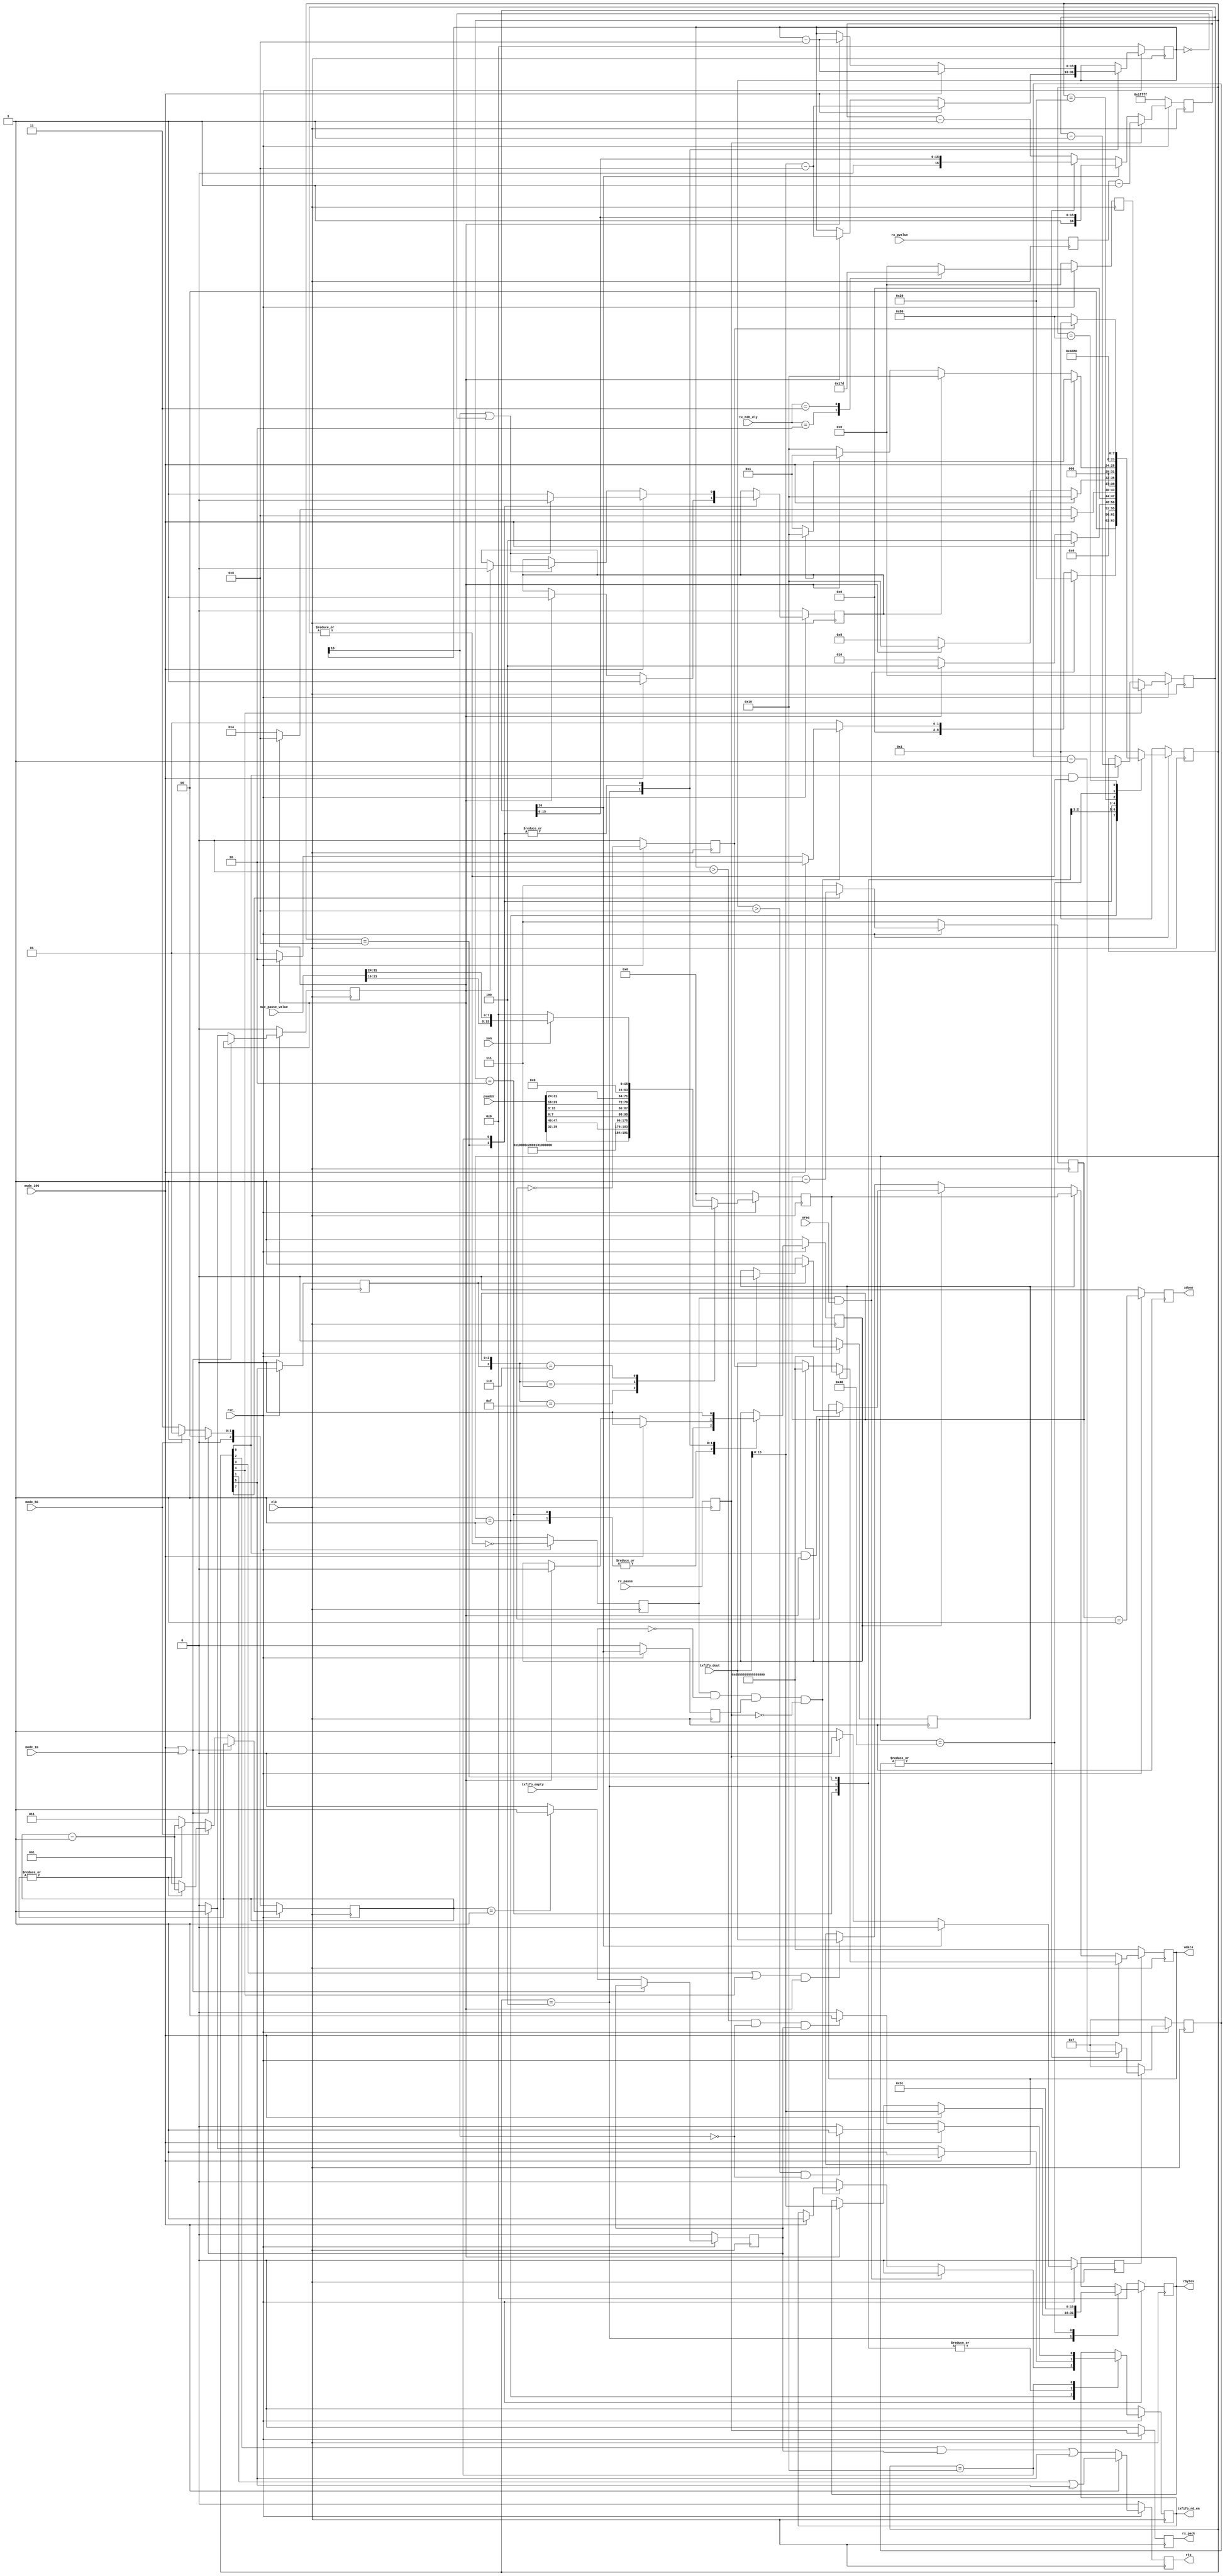
//
// Copyright (C) 2018 LeWiz Communications, Inc. 
// 
// This library is free software; you can redistribute it and/or
// modify it under the terms of the GNU Lesser General Public
// License as published by the Free Software Foundation; either
// version 2.1 of the License, or (at your option) any later version.
// 
// This library is distributed in the hope that it will be useful,
// but WITHOUT ANY WARRANTY; without even the implied warranty of
// MERCHANTABILITY or FITNESS FOR A PARTICULAR PURPOSE.  See the GNU
// Lesser General Public License for more details.
// 
// You should have received a copy of the GNU Lesser General Public
// License along with this library release; if not, write to the Free Software
// Foundation, Inc., 51 Franklin Street, Fifth Floor, Boston, MA  02110-1301  USA
// 
// LeWiz can be contacted at:  support@lewiz.com
// or address:  
// PO Box 9276
// San Jose, CA 95157-9276
// www.lewiz.com
// 
//    Language: Verilog
//


// synopsys translate_off
`timescale 1ns/10ps
// synopsys translate_on

module tx_encap(
	clk,			// i-1
	rst_,			// i-1
	
	mode_10G ,		//i-1, speed modes
	mode_1G  ,		//i-1, 
	mode_5G,		//i-1, 

	rts,			// o-1
	wdata,			// o-64
	rbytes,			// o-16

	psaddr,				  // i-48
	mac_pause_value,	  // i-32
	tx_b2b_dly,			  // i-2
	
	rx_pause,			  // i-1
	rx_pvalue,			  // i-16
	rx_pack,			  // o-1
	
	txfifo_empty,		  // i-1
	txfifo_rd_en,		  // o-1
	txfifo_dout,		  // i-64
	
	xreq,				  // i-1
	xon,				  // i-1
	xdone				  // o-1
	
	);
	

input [47:0] psaddr;		// pause source address, source mac address in the pause frame to transmit
input [31:0] mac_pause_value;	   // [31:16] = tx_pause_value,	[15:0] = rx_pause_value
input [1:0]	 tx_b2b_dly;
				
input txfifo_empty;				  // i, high if FIFO is empty
output txfifo_rd_en;			  //o, read request to the FIFO

input [63:0] txfifo_dout; 		  // output of FIFO to input of this module

input clk;						  //i,
input rst_;						  //i,

input	mode_10G ;				  //i, indicates the speed mode.
input	mode_1G  ;				   //i, indicates the speed mode.
input	mode_5G;				   //i, indicates the speed mode.

output rts;						  //o, Request to send data to tx_xgmii.
output [63:0] wdata;			  //o-64, data output
output [15:0] rbytes;			 //o-16, holds the data size in Bytes

input rx_pause;
input [15:0] rx_pvalue;
output rx_pack;

input	xreq; 					  // need to transmit a pause frame, pause value is determined by xon
input	xon;    				  // 1: use tx_pause value as in register , 0: use pause value of 0 to abort the previous pause
output	xdone;  				  // pause frame has been transmitted   
	
reg txfifo_rd_en;
reg [15:0] rbytes;
reg rts;
reg [63:0] wdata;				 // o-64 data output

reg wsel;
reg [16:0] ptimer;
reg [3:0] p_reg_count;
reg p_start;

reg tx_rdy;						  // tell if there is no pause frame activating
reg rx_pack;
reg rx_pause_sync;
reg [15:0] rx_pvalue_sync;

reg [15:0] bytes_remain;		// keeps track of total bytes remaning to transmit

reg [2:0] counter;			   // used for different speed mode. 
reg pulse_0;
reg pulse_1;


parameter[7:0] 
	IDLE		= 8'h01 ,
	READSIZE	= 8'h02 ,
	READ1		= 8'h04 ,
	MAC_HDR		= 8'h08 ,
	MAC_DAT     = 8'h10 ,
	P_REQ		= 8'h20 ,
	P_PREAM		= 8'h40 ,
	P_PKT		= 8'h80	;
reg [7:0] state;

wire st_idle;		assign	st_idle		=	state[0];
wire st_readsize;	assign	st_readsize = 	state[1];
wire st_read1;	    assign	st_read1    = 	state[2];
wire st_mac_hdr;	assign	st_mac_hdr = 	state[3];
wire st_mac_dat;	assign	st_mac_dat	=	state[4];
wire st_p_req;		assign	st_p_req 	=	state[5];
wire st_p_pkt;		assign 	st_p_pkt	=	state[7];

reg tx_dvld;

// Counter for tx_b2b_dly
reg [5:0] b2b_cnt_val ;
always @(posedge clk)
begin
	if(!rst_)
	begin
		b2b_cnt_val <= 2'd0 ;
	end
	else
	begin
		case(tx_b2b_dly)
		2'b10 : b2b_cnt_val <= 6'd5  ; 
		2'b11 : b2b_cnt_val <= 6'd61 ; 	  // 64x64 bit delay (design already has 2, count another 62 clks (61 to 0))
		default: b2b_cnt_val <= 6'd0 ; 
		endcase
	end
end

reg [5:0] b2b_counter;
reg		  b2b_ok;
always @ (posedge clk)
begin
	if (!rst_)
	begin
		b2b_counter	<=	6'd0;
		b2b_ok		<=	1'b1;
	end
	
	else
	begin
		b2b_counter <= (st_mac_dat)? b2b_cnt_val : ((st_idle & |b2b_counter)? (b2b_counter - 6'd1) : b2b_counter);
		b2b_ok		<=	!(|b2b_counter); // b2b_counter == 6'h0
	end
end


// PAUSE TX
always @ (posedge clk)
begin
	rx_pause_sync <=   rx_pause;
	rx_pvalue_sync<=   rx_pvalue;
end

always @ (posedge clk)
begin
	if (!rst_)
	begin
		ptimer <=   17'h1ffff;
		p_reg_count <=   4'h7 ;
		p_start <=   0;
	end
	
	else
	begin
		ptimer    <=   rx_pause_sync ? {rx_pvalue_sync - 17'h1} : (ptimer[16] ? ptimer : ((|p_reg_count)? ptimer: (ptimer - 17'h1)));
		p_start <=   ptimer[16]? 1'b0 : (rx_pause_sync? 1'b0 : 1'b1);
		p_reg_count <=   p_start? ((|p_reg_count)? (p_reg_count - 4'h1) : 4'h7) : 4'h7;
	end
end


// Transmit Pause
reg [63:0] 	p_data;
reg	[2:0]	p_cnt;
reg			p_1;
reg			p_done;
reg			p_send;
reg			xdone;

always @ (posedge clk)
begin
	if (!rst_)
	begin
		p_data <= 64'h0;
		p_cnt <= 3'd7;
		p_1 <= 1'b0;
		p_done <= 1'b0;
		p_send <= 1'b0;
		xdone  <= 1'h0; 
	end
	
	else
	begin
		p_cnt <= st_p_pkt? (p_cnt - 3'd1) : 3'd7;
		p_1 <= st_p_req;
		p_done <= p_cnt == 3'h0;
		p_send <= p_1? 1'b1 : (p_done? 1'b0 : p_send);
		xdone  <= p_cnt == 3'h1;
		
		case ({p_1, p_cnt})
		4'b1111: p_data <= {psaddr[39:32], psaddr[47:40], 48'h0100_00c2_8001}; 
		4'b0111: p_data <= {32'h0100_0888, psaddr[7:0], psaddr[15:8], psaddr[23:16], psaddr[31:24]};	
		4'b0110: p_data <= xon? {48'h0, mac_pause_value[23:16], mac_pause_value[31:24]}: 64'h0;
		default: p_data <= 64'h0;
		endcase
	end
end


 // PAUSE TX
always@(posedge clk)
begin

	if(!rst_)
		wdata <= 64'hd5555555555555FB;
	
	else
		wdata	<=	mode_10G? (p_send? p_data : (wsel? 64'hd5555555555555FB : txfifo_dout)) :
	            	(p_send? p_data : 
	            	(wsel? ((st_idle & pulse_0)? 64'hd5555555555555FB : wdata) : (( (st_mac_hdr | st_mac_dat) & pulse_0)? txfifo_dout : wdata)));
	            	
end

// STATE MACHINE

always@(posedge clk)
if(!rst_)
begin
	state 	<=  IDLE;
	rbytes 	<=  16'h0;
	wsel   	<=  1'b1;
	rx_pack	<=  1'b0;
	tx_rdy 	<=  1'b0;
	tx_dvld <= 	1'b0;
	bytes_remain <=   16'h0;
	txfifo_rd_en <=   1'b0;
	rts <= 1'b0;
// different values for different speed modes.	
	counter <= (mode_10G | mode_1G)? 3'd0 :
	           (mode_5G? 3'd1 : 3'd3);
	           
	pulse_0 <= 1'b0;
    pulse_1 <= 1'b0;
end
else
begin
	tx_rdy    <=   ptimer[16];
	rx_pack   <=   rx_pause_sync; 
	rts		  <=   mode_10G? (st_readsize | st_p_req) :
	               ((st_read1 & pulse_1)  | st_p_req);
	
    counter <= (mode_10G | mode_1G)? counter :
               (mode_5G? ((|counter)? counter - 3'd1 : 3'd1) :
               ((|counter)? counter - 3'd1 : 3'd3));
                  
    pulse_0 <= (mode_10G | mode_1G)? pulse_0 :
               ((pulse_1)? 1'b1 : 1'b0);
    pulse_1 <= (mode_10G | mode_1G)? pulse_1 :
               ((counter == 3'd1)? 1'b1 : 1'b0);
	
	case(state)
	
	IDLE:
	begin
		wsel  <= 1'b1;
		
		if (b2b_ok && xreq)
		begin
			state <= P_REQ;
			txfifo_rd_en <= 1'b0;
		end
		
		else if (b2b_ok && !txfifo_empty && tx_rdy && !rx_pause_sync)
		begin
			state <= mode_10G? READSIZE : 
			         (pulse_0? READSIZE : IDLE); 
			txfifo_rd_en <= mode_10G? 1'b1 : txfifo_rd_en;
		end
		
		else
		begin
			state <= IDLE;
			txfifo_rd_en <= 1'b0;
		end
	end
	
	READSIZE:
	begin
		wsel  <= 1'b1;
		txfifo_rd_en <=   mode_10G? 1'b1 :
                         (pulse_1? 1'b1 : 1'b0);
		state <=  mode_10G? READ1 : 
		          (pulse_0? READ1 : READSIZE);
	end
// read the size of data in bytes, caluclate byte remaining.	
	READ1:
	begin
		txfifo_rd_en <=  mode_10G? 1'b1 :
                         (pulse_1? 1'b1 : 1'b0);
		state <=   mode_10G? MAC_HDR :
		           (pulse_0? MAC_HDR : READ1);
		rbytes <=  mode_10G? txfifo_dout[15:0] :
		           (pulse_0? txfifo_dout[15:0] : rbytes);
		bytes_remain <=  mode_10G? txfifo_dout[15:0]-16'h8 :
		                 (pulse_0? txfifo_dout[15:0]-16'h8 : bytes_remain);
		wsel <= mode_10G? 1'b0 :
		        (pulse_0? 1'b0 : wsel);
		
	end
	
	MAC_HDR:
	begin
		wsel  <=   1'b0;
		state <=   mode_10G? MAC_DAT : 
		           (pulse_0? MAC_DAT : MAC_HDR);
		tx_dvld <= mode_10G? 1'b1 :
		           (pulse_0? 1'b1 : tx_dvld);
		txfifo_rd_en <=  mode_10G? 1'b1 :
                        (pulse_1? 1'b1 : 1'b0);
		bytes_remain <=   mode_10G? bytes_remain - 16'h8 :
		                  (pulse_0? bytes_remain - 16'h8 : bytes_remain);
	end
	
	MAC_DAT:
	begin
		wsel <= 1'b0;
		
		state <=   mode_10G? ((tx_dvld) ? MAC_DAT : IDLE) : 
		           ( tx_dvld? MAC_DAT : (pulse_0? IDLE : MAC_DAT) );
		           
		bytes_remain <=   mode_10G? bytes_remain - 16'h8 :
		                  (pulse_0? bytes_remain - 16'h8 : bytes_remain);
		                  
		tx_dvld <=    mode_10G? ((bytes_remain[15] || bytes_remain == 0)? 1'b0: 1'b1) :
		              ((bytes_remain[15] || bytes_remain == 0)? ((pulse_0)? 1'b0: tx_dvld) : tx_dvld);
		              
		txfifo_rd_en <=   mode_10G? ((bytes_remain > 8 && !bytes_remain[15])? 1'b1 : 1'b0) :
		                  ( (bytes_remain > 0 && !bytes_remain[15] && pulse_1)? 1'b1 : 1'b0);
		                  
	end
	
	P_REQ:
	begin
		state <= P_PREAM;			
	end
		
	P_PREAM:
	begin
		state <= P_PKT;
		rbytes <= 16'd60;
	end
		
	P_PKT:
	begin
		state <= p_done? IDLE : P_PKT;
	end	
	
	default:
	begin
		state <=   IDLE;
		
	end
	endcase

end


//synopsys translate_off
reg [(8*32)-1:0] ascii_state;

always@(state)
begin
	case(state)
	IDLE: 		ascii_state = "IDLE";
	READSIZE: 	ascii_state = "READSIZE";
	READ1: 		ascii_state = "READ1";
	MAC_HDR: 	ascii_state = "MAC_HDR";
	MAC_DAT: 	ascii_state = "MAC_DAT";
	P_REQ:	    ascii_state = "P_REQ";  
	P_PREAM:	ascii_state = "P_PREAM";
	P_PKT:	    ascii_state = "P_PKT";
	default: 	ascii_state = "unknown";
	
	endcase
	
end
//synopsys translate_on


endmodule